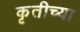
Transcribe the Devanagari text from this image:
कृतीच्या